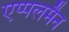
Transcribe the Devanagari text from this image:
एप्पलमैन